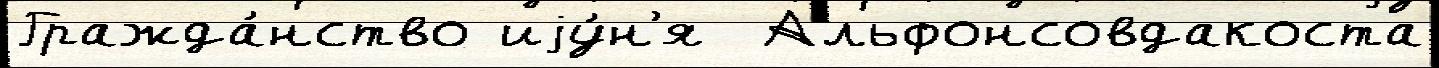
Гражда́нство иjу́н'я  Альфонсовдакоста